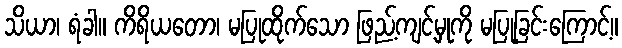
သိယာ၊ ရံခါ။ ကိရိယတော၊ မပြုထိုက်သော ဖြည့်ကျင့်မှုကို မပြုခြင်းကြောင့်။